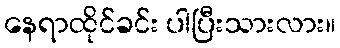
နေရာထိုင်ခင်း ပါပြီးသားလား။